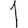
Digit: 1